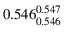
0 . 5 4 6 _ { 0 . 5 4 6 } ^ { 0 . 5 4 7 }